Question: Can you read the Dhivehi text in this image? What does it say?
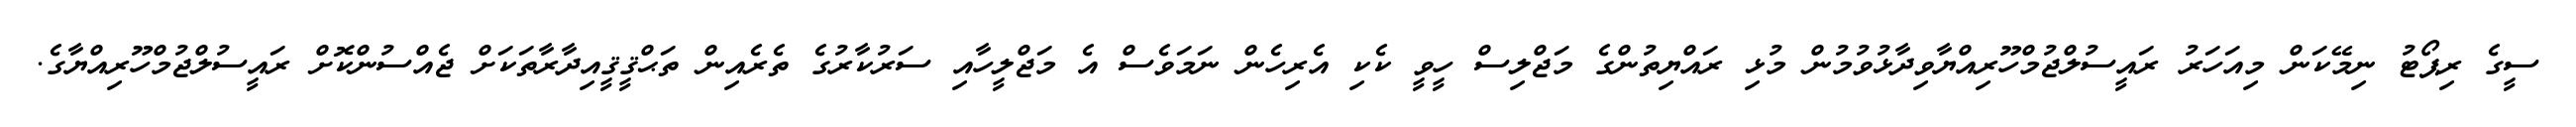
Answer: ސީގެ ރިޕޯޓު ނިމޭކަން މިއަހަރު ރައީސުލްޖުމްހޫރިއްޔާވިދާޅުވުމުން މުޅި ރައްޔިތުންގެ މަޖްލިސް ހީވީ ކެކި އެރިހެން ނަމަވެސް އެ މަޖްލީހާއި ސަރުކާރުގެ ތެރެއިން ތަޙްޤީޤީއިދާރާތަކަށް ޖެއްސުންކޮށް ރައީސުލްޖުމްހޫރިއްޔާގެ.